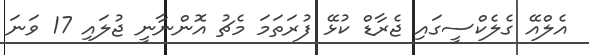
އެލްއޭ ގެލެކްސީގައި ޖެރާޑް ކުޅޭ ފުރަތަމަ މެޗު އޮންނާނީ ޖުލައި 17 ވަނަ